Lunatic asylums Bombay report 1891-1903 - 1891-1903
Year: 1891
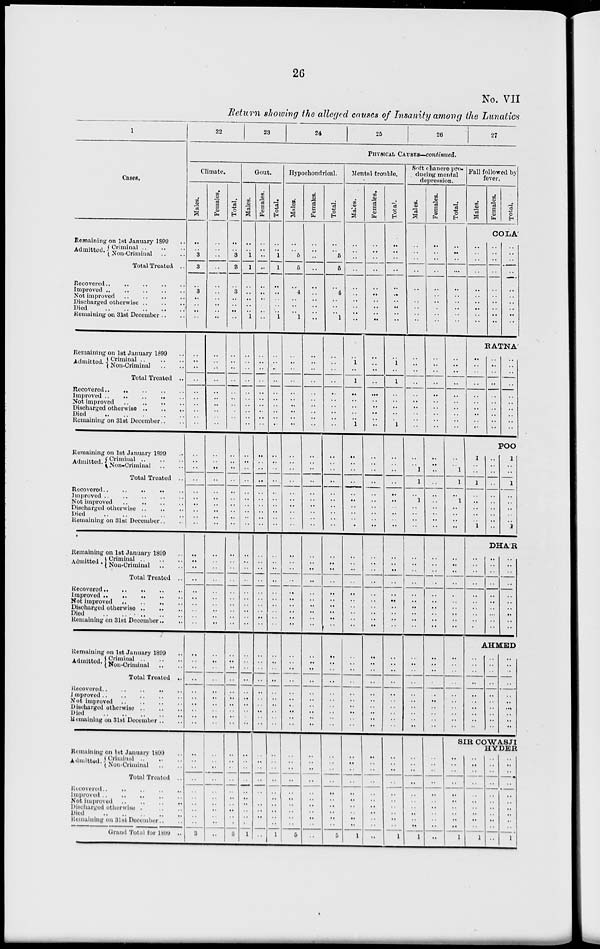
26
No. VII
Return showing the alleged causes of Insanity among the Lunatics
1
22
23
24
25
26
27
PHYSICAL CAUSES—continued.
Cases.
Remaining on 1st January 1899
Admitted. Criminal .. ..
Non-Criminal .. ..
Total Treated ..
Improved
..
..
..
..
..
Not improved
..
..
..
..
Discharged otherwise .. .. ..
Died
..
..
..
..
..
Remaining on 31st December
Climate.
Males.
..
..
3
3
3
..
..
..
..
Females.
..
..
..
..
..
..
..
..
..
Total.
..
..
3
3
3
..
..
..
..
Gout.
Males.
..
..
1
1
..
..
..
..
1
Females.
..
..
..
..
..
..
..
..
..
Total.
..
..
1
1
..
..
..
..
1
Hypochondrical.
Males.
..
..
5
5
4
..
..
..
1
Females.
..
..
..
..
..
..
..
..
..
Total.
..
..
5
5
4
..
..
..
1
Mental trouble.
Males.
..
..
..
..
..
..
..
..
..
Females.
..
..
..
..
..
..
..
..
..
Total.
..
..
..
..
..
..
..
..
..
Soft chancre pro-
ducing mental
depression.
Males.
..
..
..
..
..
..
..
..
..
Females.
..
..
..
..
..
..
..
..
..
Total.
..
..
..
...
..
..
..
..
..
Fall followed by
fever.
Males.
Females.
Total.
COLA
..
..
..
..
..
..
..
..
..
..
..
..
..
..
..
..
..
..
..
..
..
..
..
..
..
..
..
RATNA'
Remaining on 1st January 1899 ..
Admitted. Criminal .. .. ..
Non-Criminal .. ..
Total Treated ..
Recovered .. .. .. ..
Improved
..
..
..
..
..
Not improved
..
.. .. ..
Discharged otherwise
..
..
..
Died .. .. .. .. ..
Remaining on 31st December .. ..
..
..
..
..
..
..
..
..
..
..
..
..
..
..
..
..
..
..
..
..
..
..
..
..
..
..
..
..
..
..
..
..
..
..
..
..
..
..
..
..
..
..
..
..
..
..
..
..
..
..
..
..
..
..
..
..
..
..
..
..
..
..
..
..
..
..
..
..
..
..
..
..
..
..
..
..
..
..
..
..
..
..
..
..
..
..
..
..
..
..
1
..
1
..
..
..
..
..
1
..
..
..
..
..
..
..
..
..
..
..
1
..
1
..
..
..
..
..
1
..
..
..
..
..
..
..
..
..
..
..
..
..
..
..
..
..
..
..
..
..
..
..
..
..
..
..
..
..
..
..
..
..
..
..
..
..
..
..
..
..
..
..
..
..
..
..
..
..
..
..
..
..
..
..
..
..
..
..
..
POO
Remaining on 1st January 1899 ..
Admitted. Criminal .. .. ..
Non-Criminal .. ..
Total Treated ..
Recovered
..
..
..
..
..
Improved .. .. .. .. ..
Not improved
..
..
..
..
Discharged otherwise .. .. ..
Died
..
..
..
..
..
Remaining on 31st December .. ..
..
..
..
..
..
..
..
..
..
..
..
..
..
..
..
..
..
..
..
..
..
..
..
..
..
..
..
..
..
..
..
..
..
..
..
..
..
..
..
..
..
..
..
..
..
..
..
..
..
..
..
..
..
..
..
..
..
..
..
..
..
..
..
..
..
..
..
..
..
..
..
..
..
..
..
..
..
..
..
..
..
..
..
..
..
..
..
..
..
..
..
..
..
..
..
..
..
..
..
..
..
..
..
..
..
..
..
..
..
..
..
..
..
..
..
..
..
..
..
..
..
..
1
1
..
1
..
..
..
..
..
..
..
..
..
..
..
..
..
..
..
..
1
1
..
1
..
..
..
..
1
..
..
1
..
..
..
..
..
1
..
..
..
..
..
..
..
..
..
..
1
..
..
1
..
..
..
..
..
1
DHA'R
Remaining on 1st January 1899 ..
Admitted. Criminal .. .. ..
Non-Criminal .. ..
Total Treated ..
Recovered ..
..
..
..
..
Improved .. .. .. .. ..
Not improved
..
.. .. ..
Discharged otherwise .. .. ..
Died
..
.. .. .. ..
Remaining on 31st December .. ..
..
..
..
..
..
..
..
..
..
..
..
..
..
..
..
..
..
..
..
..
..
..
..
..
..
..
..
..
..
..
..
..
..
..
..
..
..
..
..
..
..
..
..
..
..
..
..
..
..
..
..
..
..
..
..
..
..
..
..
..
..
..
..
..
..
..
..
..
..
..
..
..
..
..
..
..
..
..
..
..
..
..
..
..
..
..
..
..
..
..
..
..
..
..
..
..
..
..
..
..
..
..
..
..
..
..
..
..
..
..
..
..
..
..
..
..
..
..
..
..
..
..
..
..
..
..
..
..
..
..
..
..
..
..
..
..
..
..
..
..
..
..
..
..
..
..
..
..
..
..
..
..
..
..
..
..
..
..
..
..
..
..
..
..
..
..
..
..
..
..
..
..
..
..
..
..
..
..
..
..
AHMED
Remaining on 1st January 1899 ..
Admitted. Criminal .. .. ..
Non-Criminal .. ..
Total Treated ..
Recovered .. .. .. .. ..
Improved
..
..
..
..
..
Not improved
..
..
..
..
Discharged otherwise
..
..
..
Died
..
..
..
..
..
Remaining on 31st December .. ..
..
..
..
..
..
..
..
..
..
..
..
..
..
..
..
..
..
..
..
..
..
..
..
..
..
..
..
..
..
..
..
..
..
..
..
..
..
..
..
..
..
..
..
..
..
..
..
..
..
..
..
..
..
..
..
..
..
..
..
..
..
..
..
..
..
..
..
..
..
..
..
..
..
..
..
..
..
..
..
..
..
..
..
..
..
..
..
..
..
..
..
..
..
..
..
..
..
..
..
..
..
..
..
..
..
..
..
..
..
..
..
..
..
..
..
.. ..
..
..
..
..
..
..
..
..
..
..
..
..
..
..
..
..
..
..
..
..
..
..
..
..
..
..
..
..
..
..
..
..
..
..
..
..
..
..
..
..
..
..
..
..
..
..
..
..
..
..
..
..
..
..
..
..
..
..
..
..
..
..
..
SIR COWASJI
HYDER
Remaining on 1st January 1899 ..
Admitted. Criminal .. .. ..
Non-Criminal .. ..
Total Treated ..
Recovered
..
..
..
..
..
Improved .. .. .. .. ..
Not improved
..
..
..
..
Discharged otherwise .. .. ..
Died
..
..
..
..
..
Remaining on 31st December .. ..
Grand Total for 1899 ..
..
..
..
..
..
..
..
..
..
..
3
..
..
..
..
..
..
..
..
..
..
..
..
..
..
..
..
..
..
..
..
..
3
..
..
..
..
..
..
..
..
..
..
1
..
..
..
..
..
..
..
..
..
..
..
..
..
..
..
..
..
..
..
..
..
1
..
..
..
..
..
..
..
..
..
..
5
..
..
..
..
..
..
..
..
..
..
..
..
..
..
..
..
..
..
..
..
..
5
..
..
..
..
..
..
..
..
..
..
1
..
..
..
..
..
..
..
..
..
..
..
..
..
..
..
..
..
..
..
..
..
1
..
..
..
..
..
..
..
..
..
..
1
..
..
..
..
..
..
..
..
..
..
..
..
..
..
..
..
..
..
..
..
..
1
..
..
..
..
..
..
..
..
..
..
1
..
..
..
..
..
..
..
..
..
..
..
..
..
..
..
..
..
..
..
..
..
1